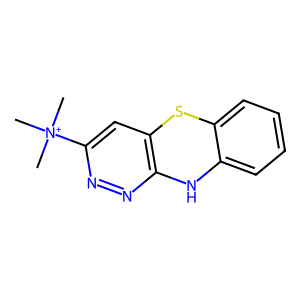
SMILES: C[N+](C)(C)c1cc2c(nn1)Nc1ccccc1S2
Inhibits HIV replication: No